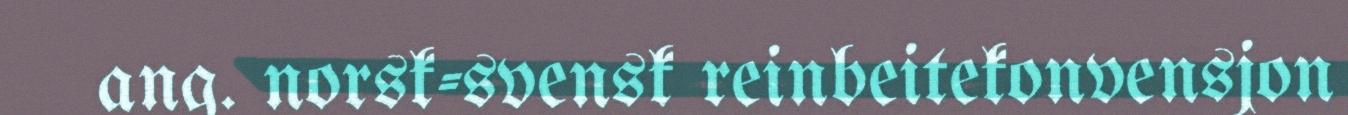
ang. norsk-svensk reinbeitekonvensjon